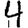
Digit: 4